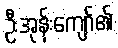
ဦးအုန်းကျော်၏